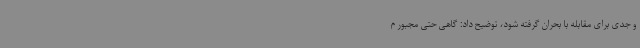
و جدی برای مقابله با بحران گرفته شود، توضیح داد: گاهی حتی مجبور م